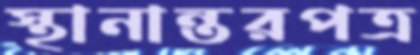
স্থানান্তরপত্র